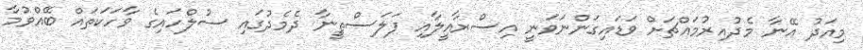
މިއަދު އޭނާ މެދުއިރުމައްޗަށް ވަޑައިގަންނަވަނީ އިސްރާއީލާއި ފަލަސްޠީނާ ދެމެދުގައި ސުލްހައިގެ ވާހަކަތައް ބޭއްވުމާ